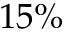
1 5 \%